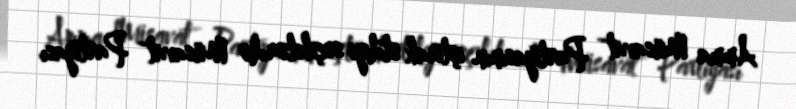
Amma Müsavat Partiyasının iştirak etdiyi seçkilərdə Müsavat Partiyası